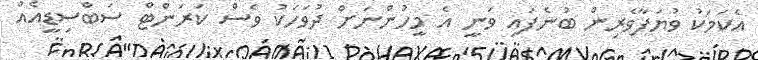
އެކަމަކު ވުޔަފާވެރިން ބުނެފައި ވަނީ އެ މީހުންނަށް ދުވަހަކު ވެސް ކަރަންޓް ސަބްސިޑީއެއް